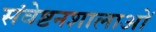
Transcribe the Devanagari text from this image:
संवेष्टनशालाओं